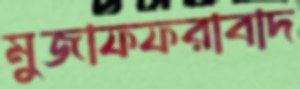
মুজাফফরাবাদ